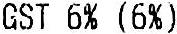
GST 6% (6%)